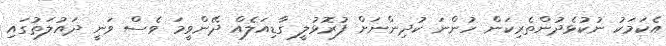
އެކަމަކު ނުކުޅެދުންތެރިކަން ހުންނަ ކުދިންނަށް ފުރޮޅުލީ ގާޑިއަލެއް ދޭންވީމަ ވެސް ވަނީ ދައުލަތުގައި